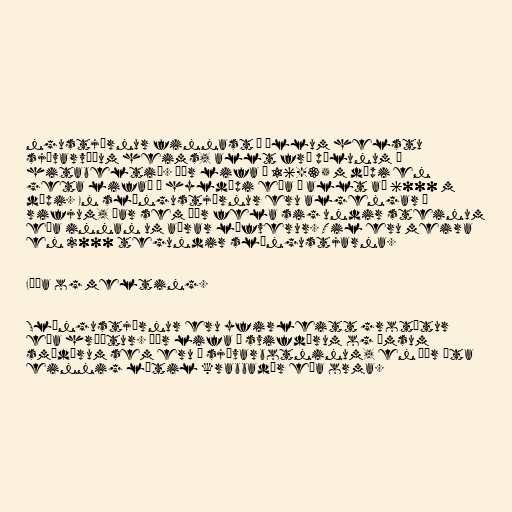
ngustjörnur finnast á öllum helstu
sjávarvæðum heims, allt frá pólunum í
hitabeltið. Þær lifa á 16-35 m dýpi en
geta lifað á hyldýpi eða á allt að 6000 m
dýpi. En slöngustjörnur eru algengar á
rifjum, þar sem þær fela sig undir steinum
eða innan um aðrar lífverur. Til eru meira
en 2000 tegundir slöngustjarna.

Fæða og melting.

Slöngustjörnur eru yfirleitt grotætur
eða hræætur. Þær lifa á svifdýrum og ýmsum
smádýrum sem eru á sjávarbotninum, en þær éta
einnig lítil krabbadýr eða orma.